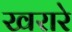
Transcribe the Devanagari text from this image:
खरारे